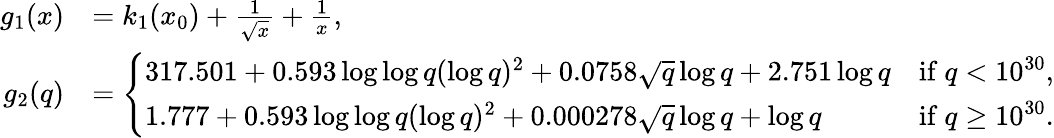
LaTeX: \begin{array}{rl}{g_{1}(x)}&{=k_{1}(x_{0})+\frac{1}{\sqrt{x}}+\frac{1}{x},}\\ {g_{2}(q)}&{=\left\{ \begin{array}{ll}{317.501+0.593\log\log{q}(\log{q})^{2}+0.0758\sqrt{q}\log{q}+2.751\log{q}}&{\mathrm{if~}q<10^{30},}\\ {1.777+0.593\log\log{q}(\log{q})^{2}+0.000278\sqrt{q}\log{q}+\log{q}}&{\mathrm{if~}q\geq 10^{30}.}\end{array}\right.}\end{array}